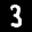
Label: 3